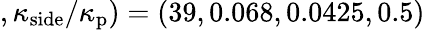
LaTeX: ,\kappa_{\mathrm{side}}/\kappa_{\mathrm{p}})=(39,0.068,0.0425,0.5)